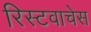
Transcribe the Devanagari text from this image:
रिस्टवाचेस